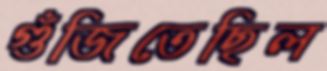
গুঁজিতেছিল